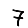
Digit: 7